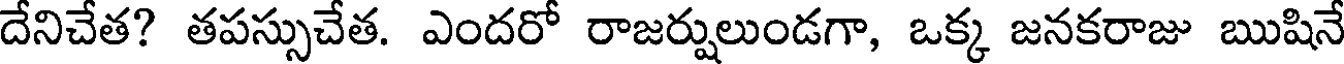
దేనిచేత? తపస్సుచేత. ఎందరో రాజర్షులుండగా, ఒక్క జనకరాజు ఋషినే